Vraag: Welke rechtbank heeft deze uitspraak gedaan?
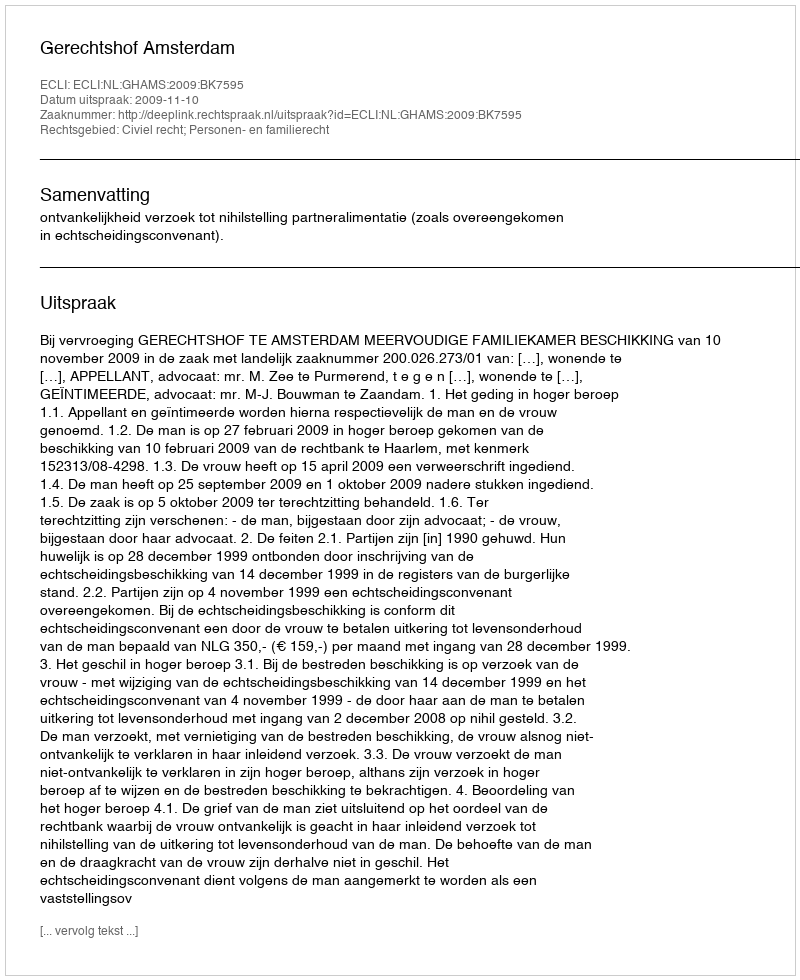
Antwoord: Gerechtshof Amsterdam